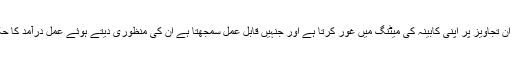
وزیراعظم ان تجاویز پر اپنی کابینہ کی میٹنگ میں غور کرتا ہے اور جنہیں قابل عمل سمجھتا ہے ان کی منظوری دیتے ہوئے عمل درآمد کا حکم دیتا ہے۔